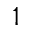
1